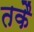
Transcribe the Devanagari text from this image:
तकै